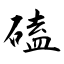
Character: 磕